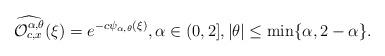
LaTeX: \begin{align*}\widehat{\mathcal{O}_{c,x}^{\alpha ,\theta }}(\xi )=e^{-c\psi _{\alpha,\theta }(\xi )},\alpha \in (0,2],|\theta |\leq \min \{\alpha,2-\alpha \}. \end{align*}